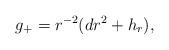
LaTeX: \begin{align*} g_+=r^{-2}(dr^2+h_r),\end{align*}